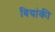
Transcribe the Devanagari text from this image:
बियांकी